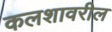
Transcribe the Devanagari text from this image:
कलशावरील